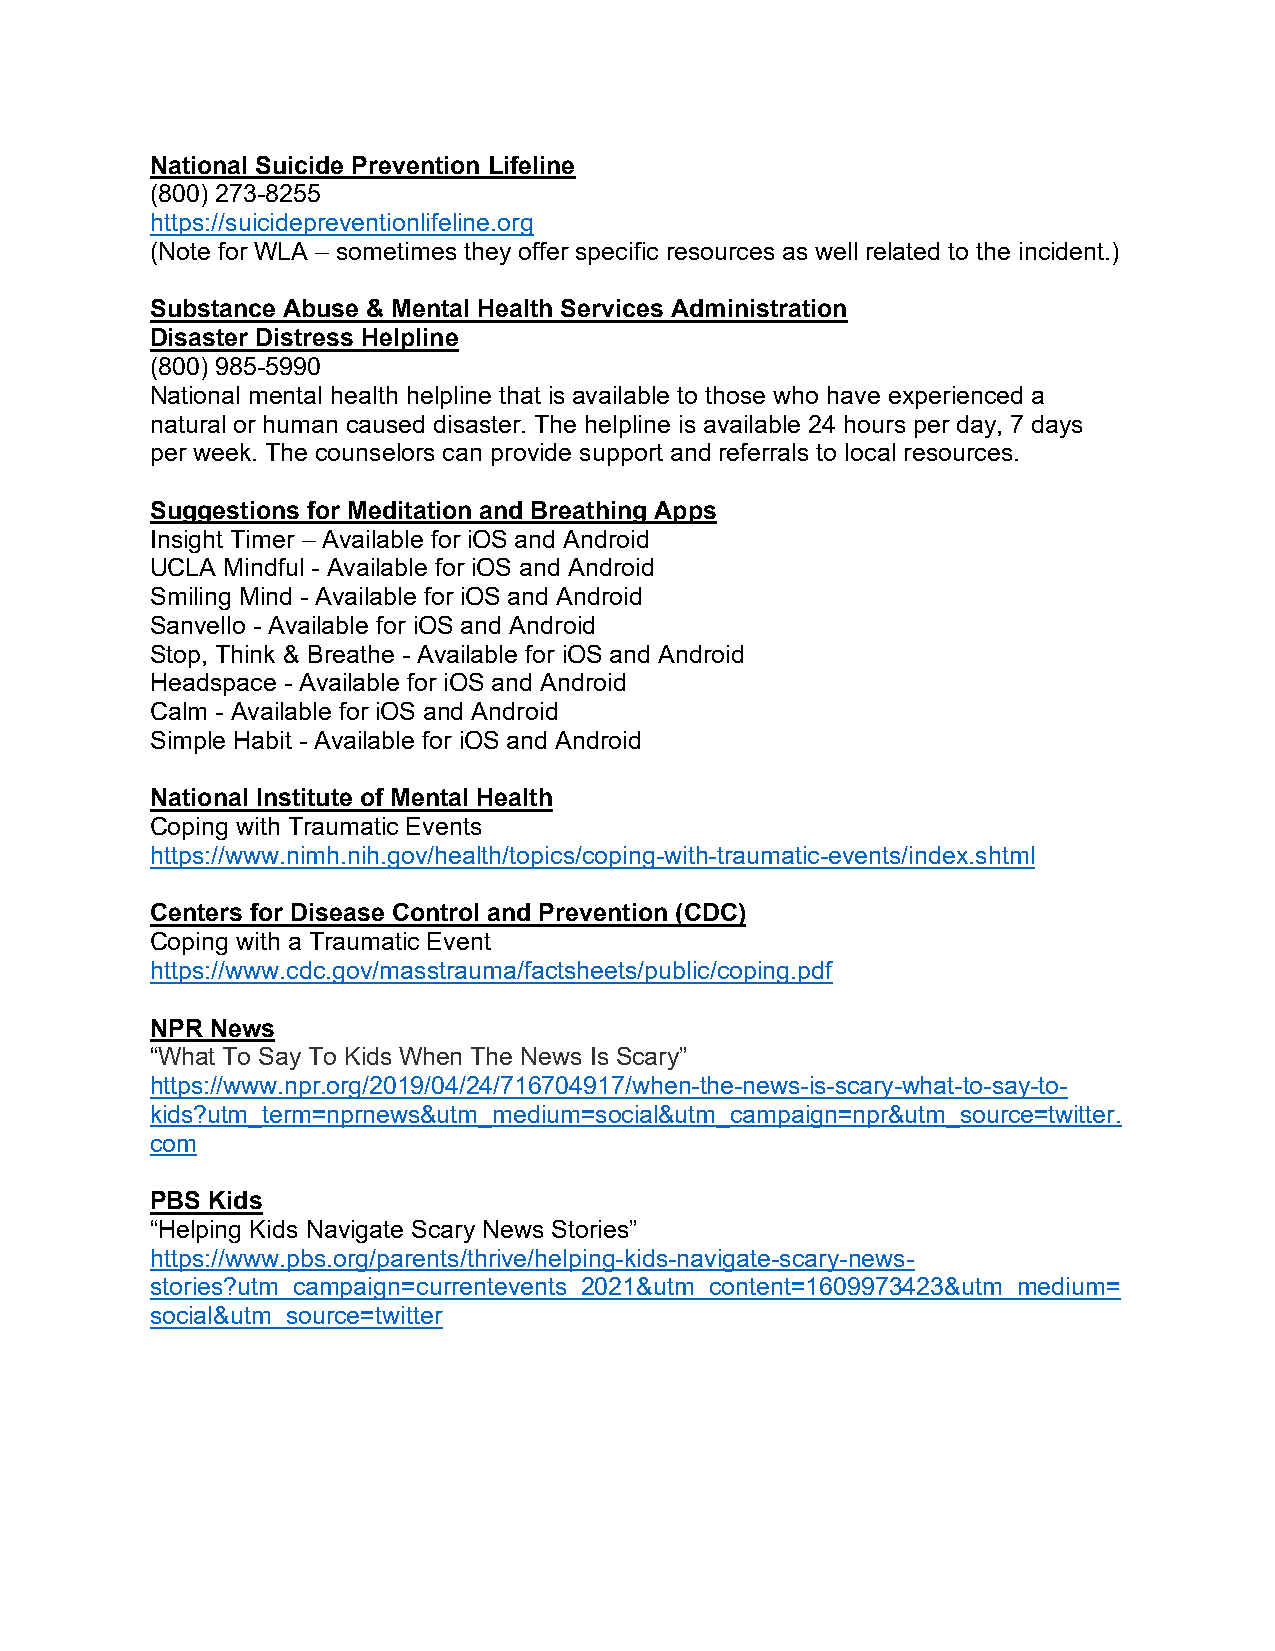
National Suicide Prevention Lifeline
 (800) 273-8255
 https://suicidepreventionlifeline.org
 (Note for WLA – sometimes they offer specific resources as well related to the incident.)
 Substance Abuse & Mental Health Services Administration
 Disaster Distress Helpline
 (800) 985-5990
 National mental health helpline that is available to those who have experienced a
 natural or human caused disaster. The helpline is available 24 hours per day, 7 days
 per week. The counselors can provide support and referrals to local resources.
 Suggestions for Meditation and Breathing Apps
 Insight Timer – Available for iOS and Android
 UCLA Mindful - Available for iOS and Android
 Smiling Mind - Available for iOS and Android
 Sanvello - Available for iOS and Android
 Stop, Think & Breathe - Available for iOS and Android
 Headspace - Available for iOS and Android
 Calm - Available for iOS and Android
 Simple Habit - Available for iOS and Android
 National Institute of Mental Health
 Coping with Traumatic Events
 https://www.nimh.nih.gov/health/topics/coping-with-traumatic-events/index.shtml
 Centers for Disease Control and Prevention (CDC)
 Coping with a Traumatic Event
 https://www.cdc.gov/masstrauma/factsheets/public/coping.pdf
 NPR News
 “What To Say To Kids When The News Is Scary”
 https://www.npr.org/2019/04/24/716704917/when-the-news-is-scary-what-to-say-to-
 kids?utm_term=nprnews&utm_medium=social&utm_campaign=npr&utm_source=twitter.
 com
 PBS Kids
 “Helping Kids Navigate Scary News Stories”
 https://www.pbs.org/parents/thrive/helping-kids-navigate-scary-news-
 stories?utm_campaign=currentevents_2021&utm_content=1609973423&utm_medium=
 social&utm_source=twitter